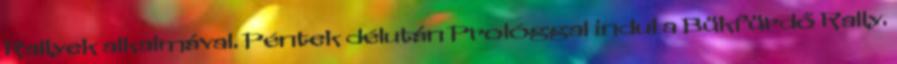
Rallyek alkalmával. Péntek délután Prológgal indul a Bükfürdő Rally.